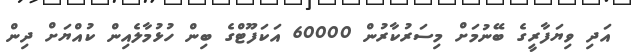
އަދި ވިޔަފާރީގެ ބޭނުމަށް މިސަރުކާރުން 60000 އަކަފޫޓްގެ ބިން ހުޅުމާލެއިން ކުއްޔަށް ދިން